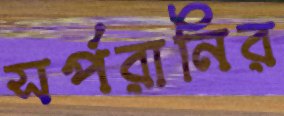
সর্পরানির